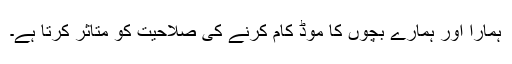
ہمارا اور ہمارے بچوں کا موڈ کام کرنے کی صلاحیت کو متاثر کرتا ہے۔